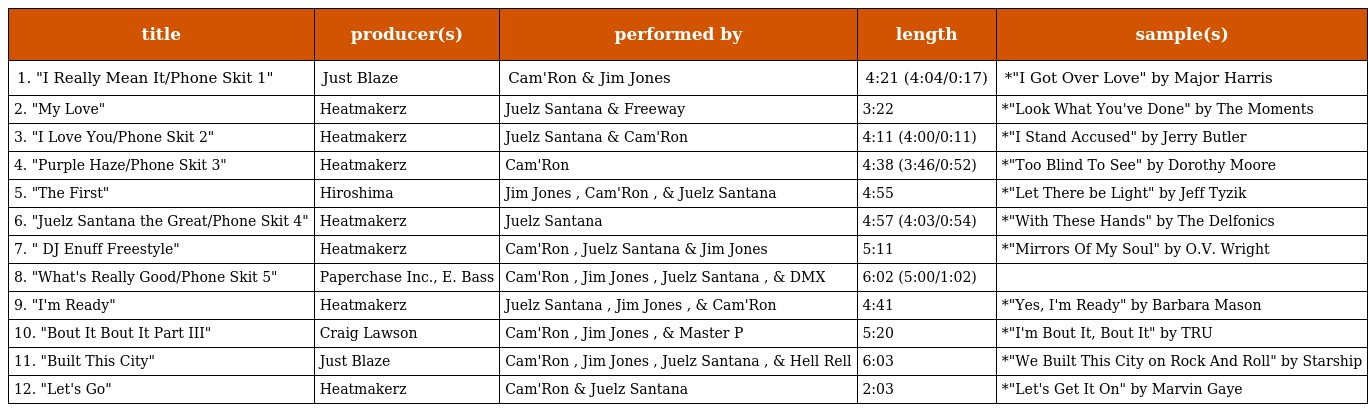
| title | producer(s) | performed by | length | sample(s) |
 | --- | --- | --- | --- | --- |
 | 1. "I Really Mean It/Phone Skit 1" | Just Blaze | Cam'Ron & Jim Jones | 4:21 (4:04/0:17) | *"I Got Over Love" by Major Harris |
 | 2. "My Love" | Heatmakerz | Juelz Santana & Freeway | 3:22 | *"Look What You've Done" by The Moments |
 | 3. "I Love You/Phone Skit 2" | Heatmakerz | Juelz Santana & Cam'Ron | 4:11 (4:00/0:11) | *"I Stand Accused" by Jerry Butler |
 | 4. "Purple Haze/Phone Skit 3" | Heatmakerz | Cam'Ron | 4:38 (3:46/0:52) | *"Too Blind To See" by Dorothy Moore |
 | 5. "The First" | Hiroshima | Jim Jones , Cam'Ron , & Juelz Santana | 4:55 | *"Let There be Light" by Jeff Tyzik |
 | 6. "Juelz Santana the Great/Phone Skit 4" | Heatmakerz | Juelz Santana | 4:57 (4:03/0:54) | *"With These Hands" by The Delfonics |
 | 7. " DJ Enuff Freestyle" | Heatmakerz | Cam'Ron , Juelz Santana & Jim Jones | 5:11 | *"Mirrors Of My Soul" by O.V. Wright |
 | 8. "What's Really Good/Phone Skit 5" | Paperchase Inc., E. Bass | Cam'Ron , Jim Jones , Juelz Santana , & DMX | 6:02 (5:00/1:02) |  |
 | 9. "I'm Ready" | Heatmakerz | Juelz Santana , Jim Jones , & Cam'Ron | 4:41 | *"Yes, I'm Ready" by Barbara Mason |
 | 10. "Bout It Bout It Part III" | Craig Lawson | Cam'Ron , Jim Jones , & Master P | 5:20 | *"I'm Bout It, Bout It" by TRU |
 | 11. "Built This City" | Just Blaze | Cam'Ron , Jim Jones , Juelz Santana , & Hell Rell | 6:03 | *"We Built This City on Rock And Roll" by Starship |
 | 12. "Let's Go" | Heatmakerz | Cam'Ron & Juelz Santana | 2:03 | *"Let's Get It On" by Marvin Gaye |